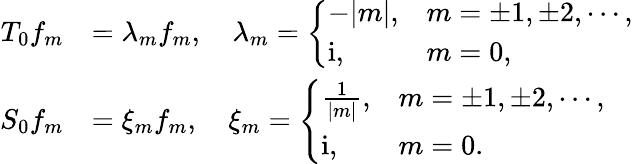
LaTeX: \begin{array}{rl}{T_{0}f_{m}}&{=\lambda_{m}f_{m},\quad\lambda_{m}=\left\{ \begin{array}{ll}{-|m|,}&{m=\pm 1,\pm 2,\cdots,}\\ {\mathrm{i},}&{m=0,}\end{array}\right.}\\ {S_{0}f_{m}}&{=\xi_{m}f_{m},\quad\xi_{m}=\left\{ \begin{array}{ll}{\frac{1}{|m|},}&{m=\pm 1,\pm 2,\cdots,}\\ {\mathrm{i},}&{m=0.}\end{array}\right.}\end{array}